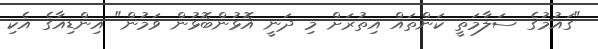
"ގައުމުގެ ސަލާމަތީ ކަންތައް އިތުރަށް މި ދަނީ އޮޅުންބޮޅުން ވަމުން" އިންޑިއާގެ އެކި